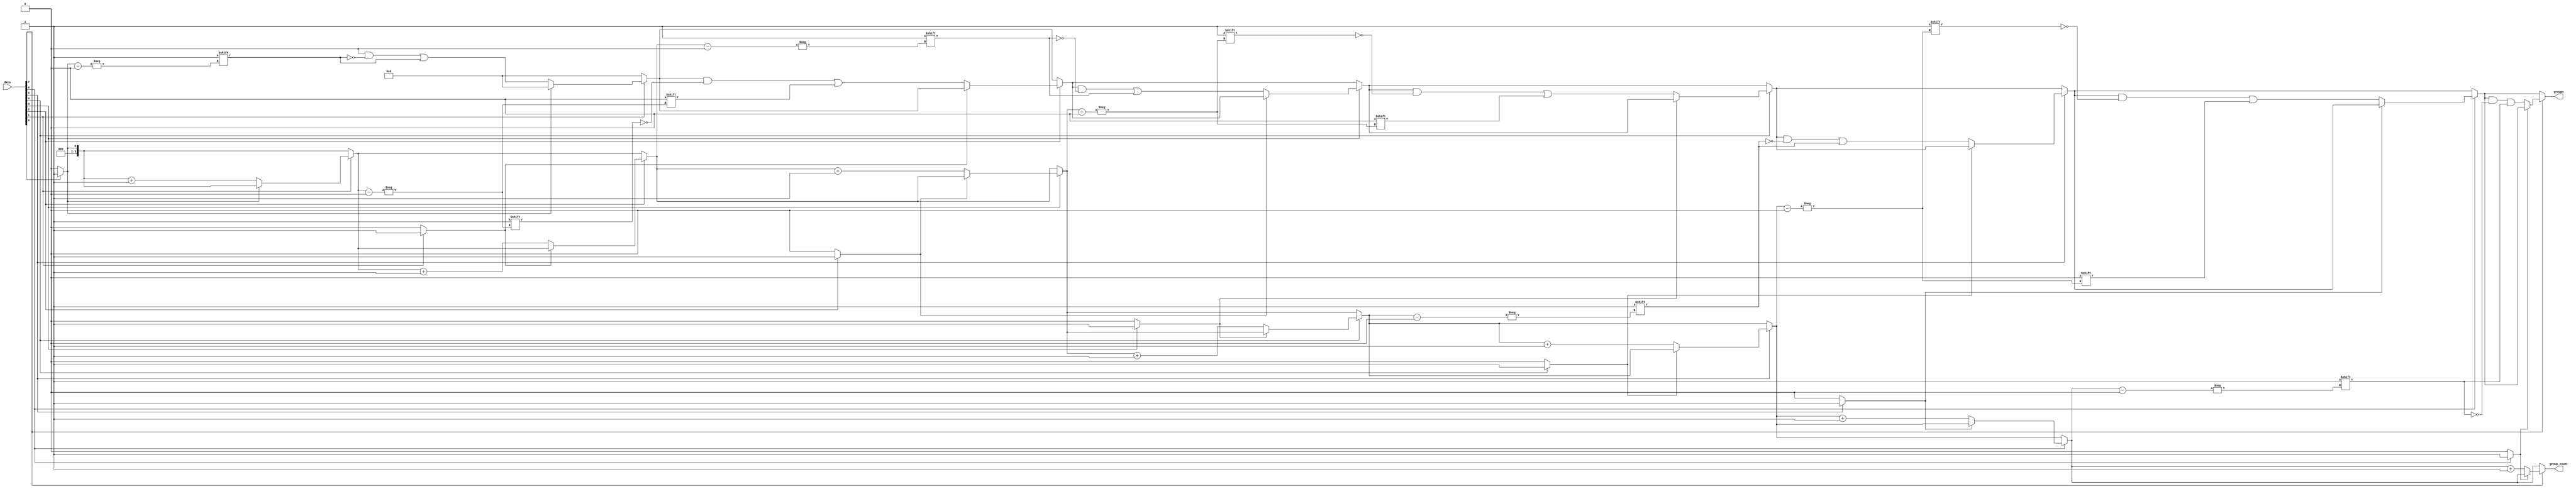
module GroupingOfOnes #(
    parameter N = 8, // Width of input data
    parameter M = N  // Max number of groups, assuming worst case where every bit can be a group
)(
    input  [N-1:0] data,
    output reg [M-1:0] groups, // Each bit represents the presence of a group
    output reg [3:0] group_count // Count of groups (max groups log2(M) for M <= 16)
);

    integer i;
    reg in_group;  // tracks whether we are currently in a group of '1's
    
    always @* begin
        // Initialize outputs
        groups = {M{1'b0}}; 
        group_count = 0;
        in_group = 0;

        // Scan through the input data to identify groups of '1's
        for (i = 0; i < N; i = i + 1) begin
            if (data[i] == 1) begin
                // Check if it is the start of a new group
                if (!in_group) begin
                    // Start of a new group
                    in_group = 1;
                    groups[group_count] = i; // Store group starting index
                    group_count = group_count + 1; // Increment group count
                end
            end else begin
                // End of a group of '1's
                in_group = 0;
            end
        end
    end
endmodule